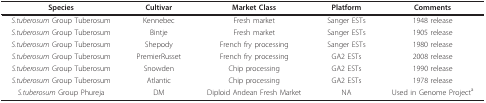
| Species | Cultivar | Market Class | Platform | Comments |
 | --- | --- | --- | --- | --- |
 | S.tuberosum Group Tuberosum | Kennebec | Fresh market | Sanger ESTs | 1948 release |
 | S.tuberosum Group Tuberosum | Bintje | Fresh market | Sanger ESTs | 1905 release |
 | S.tuberosum Group Tuberosum | Shepody | French fry processing | Sanger ESTs | 1980 release |
 | S.tuberosum Group Tuberosum | PremierRusset | French fry processing | GA2 ESTs | 2008 release |
 | S.tuberosum Group Tuberosum | Snowden | Chip processing | GA2 ESTs | 1990 release |
 | S.tuberosum Group Tuberosum | Atlantic | Chip processing | GA2 ESTs | 1978 release |
 | S.tuberosum Group Phureja | DM | Diploid Andean Fresh Market | NA | Used in Genome Projecta |